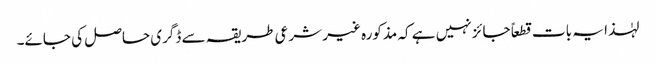
لہٰذا یہ بات قطعاً جائز نہیں ہے کہ مذکورہ غیر شرعی طریقہ سے ڈگری حاصل کی جائے۔